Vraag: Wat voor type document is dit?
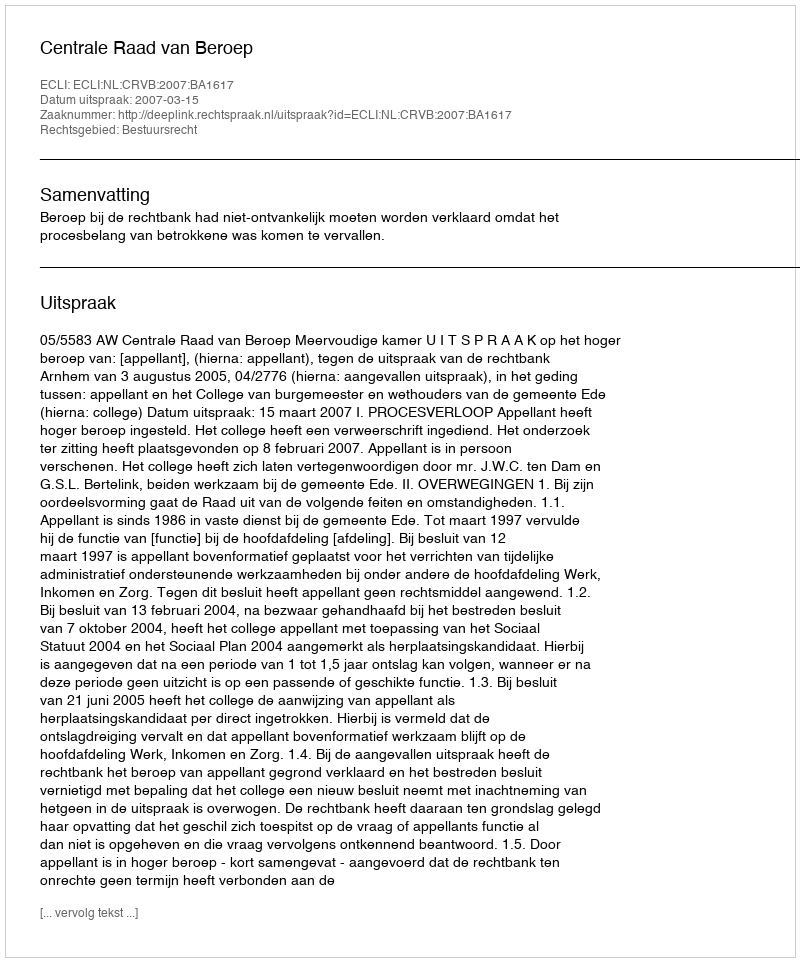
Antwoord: Uitspraak